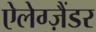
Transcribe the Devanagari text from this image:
ऐलेग्ज़ैंडर